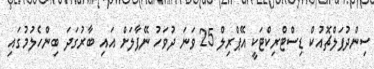
ސިންދުޕަލްޗޮއުކް ޑިސްޓްރިކްޓަކީ އޭޕްރިލް 25 ވަނަ ދުވަހު ނޭޕާލަށް އައި ބާރުގަދަ ބިންހެލުމުގައި